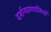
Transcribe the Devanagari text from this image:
दर्शनप्रणालियों